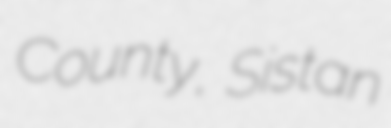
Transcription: County, Sistan